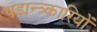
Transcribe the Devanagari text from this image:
षड्यन्त्र्कारियों